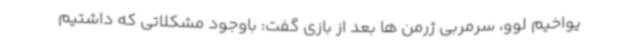
یواخیم لوو، سرمربی ژرمن ها بعد از بازی گفت: باوجود مشکلاتی که داشتیم